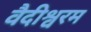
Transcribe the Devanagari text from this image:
वैदीश्वरम